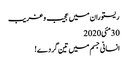
ریستوران میں عجیب و غریب
30مئی2020
انسانی جسم میں تین گردے!